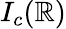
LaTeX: I_{c}(\mathbb{R})